Indian journal of veterinary science and animal husbandry - Volumes 28-29, 1958-1959
Year: 1958
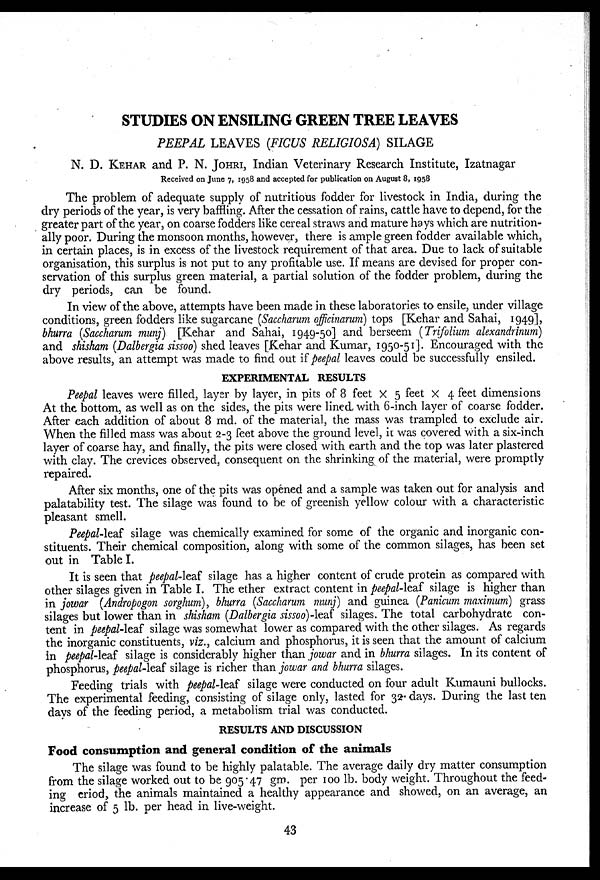
STUDIES ON ENSILING GREEN TREE LEAVES
PEEPAL LEAVES (FICUS RELIGIOSA) SILAGE
N. D.KEHAR and P. N. JOHRI, Indian Veterinary Research Institute, Izatnagar
Received on June 7, 1958 and accepted for publication on August 8, 1958
The problem of adequate supply of nutritious fodder for livestock in India, during the
dry periods of the year, is very baffling. After the cessation of rains, cattle have to depend, for the
greater part of the year, on coarse fodders like cereal straws and mature hays which are nutrition-
ally poor. During the monsoon months, however, there is ample green fodder available which,
in certain places, is in excess of the livestock requirement of that area. Due to lack of suitable
organisation, this surplus is not put to any profitable use. If means are devised for proper con-
servation of this surplus green material, a partial solution of the fodder problem, during the
dry periods, can be found.
In view of the above, attempts have been made in these laboratories to ensile, under village
conditions, green fodders like sugarcane (Saccharum officinarum) tops [Kehar and Sahai, 1949],
bhurra (Saccharum munj) [Kehar and Sahai, 1949-50] and berseem (Trifolium alexandrinum)
and shisham (Dalbergia sissoo) shed leaves [Kehar and Kumar, 1950-51]. Encouraged with the
above results, an attempt was made to find out if peepal leaves could be successfully ensiled.
EXPERIMENTAL RESULTS
Peepal leaves were filled, layer by layer, in pits of 8 feet × 5 feet × 4 feet dimensions
At the bottom, as well as on the sides, the pits were lined with 6-inch layer of coarse fodder.
After each addition of about 8 md. of the material, the mass was trampled to exclude air.
When the filled mass was about 2-3 feet above the ground level, it was covered with a six-inch
layer of coarse hay, and finally, the pits were closed with earth and the top was later plastered
with clay. The crevices observed, consequent on the shrinking of the material, were promptly
repaired.
After six months, one of the pits was opened and a sample was taken out for analysis and
palatability test. The silage was found to be of greenish yellow colour with a characteristic
pleasant smell.
Peepal-leaf silage was chemically examined for some of the organic and inorganic con-
stituents. Their chemical composition, along with some of the common silages, has been set
out in Table I.
It is seen that peepal-leaf silage has a higher content of crude protein as compared with
other silages given in Table I. The ether extract content in peepal-leaf silage is higher than
in jowar (Andropogon sorghum), bhurra (Saccharum munj) and guinea (Panicum maximum) grass
silages but lower than in shisham (Dalbergia sissoo)-leaf silages. The total carbohydrate con-
tent in peepal-leaf silage was somewhat lower as compared with the other silages. As regards
the inorganic constituents, viz., calcium and phosphorus, it is seen that the amount of calcium
in peepal-leaf silage is considerably higher than jowar and in bhurra silages. In its content of
phosphorus, peepal-leaf silage is richer than jowar and bhurra silages.
Feeding trials with peepal-leaf silage were conducted on four adult Kumauni bullocks.
The experimental feeding, consisting of silage only, lasted for 32 days. During the last ten
days of the feeding period, a metabolism trial was conducted.
RESULTS AND DISCUSSION
Food consumption and general condition of the animals
The silage was found to be highly palatable. The average daily dry matter consumption
from the silage worked out to be 905.47 gm. per 100 lb. body weight. Throughout the feed-
ing eriod, the animals maintained a healthy appearance and showed, on an average, an
increase of 5 lb. per head in live-weight.
43